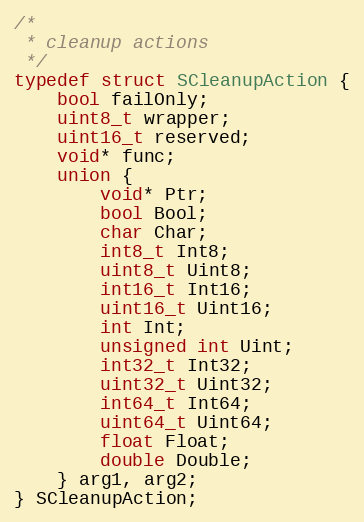
Language: C
/*
 * cleanup actions
 */
typedef struct SCleanupAction {
    bool failOnly;
    uint8_t wrapper;
    uint16_t reserved;
    void* func;
    union {
        void* Ptr;
        bool Bool;
        char Char;
        int8_t Int8;
        uint8_t Uint8;
        int16_t Int16;
        uint16_t Uint16;
        int Int;
        unsigned int Uint;
        int32_t Int32;
        uint32_t Uint32;
        int64_t Int64;
        uint64_t Uint64;
        float Float;
        double Double;
    } arg1, arg2;
} SCleanupAction;